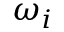
\omega _ { i }